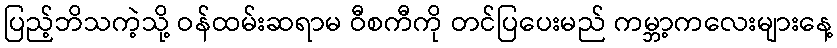
ပြည့်ဘိသကဲ့သို့ ဝန်ထမ်းဆရာမ ဝီစကီကို တင်ပြပေးမည် ကမ္ဘာ့ကလေးများနေ့